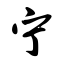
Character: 宁